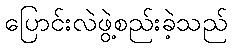
ပြောင်းလဲဖွဲ့စည်းခဲ့သည်